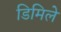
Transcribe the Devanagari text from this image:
डिमिले